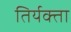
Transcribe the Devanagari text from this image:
तिर्यक्ता